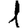
Digit: 1